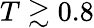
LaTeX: T\gtrsim 0.8